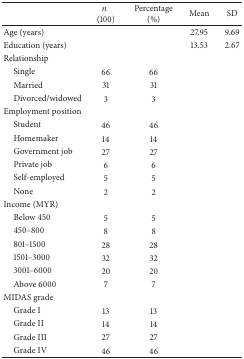
<table><thead><tr><td>[EMPTY_CELL]</td><td><b><i>n</i> (100)</b></td><td><b>Percentage(%)</b></td><td><b>Mean</b></td><td><b>SD</b></td></tr></thead><tbody><tr><td>Age (years)</td><td>[EMPTY_CELL]</td><td>[EMPTY_CELL]</td><td>27.95</td><td>9.69</td></tr><tr><td>Education (years)</td><td>[EMPTY_CELL]</td><td>[EMPTY_CELL]</td><td>13.53</td><td>2.67</td></tr><tr><td>Relationship</td><td>[EMPTY_CELL]</td><td>[EMPTY_CELL]</td><td>[EMPTY_CELL]</td><td>[EMPTY_CELL]</td></tr><tr><td> Single</td><td>66</td><td>66</td><td>[EMPTY_CELL]</td><td>[EMPTY_CELL]</td></tr><tr><td> Married</td><td>31</td><td>31</td><td>[EMPTY_CELL]</td><td>[EMPTY_CELL]</td></tr><tr><td> Divorced/widowed</td><td>3</td><td>3</td><td>[EMPTY_CELL]</td><td>[EMPTY_CELL]</td></tr><tr><td>Employment position</td><td>[EMPTY_CELL]</td><td>[EMPTY_CELL]</td><td>[EMPTY_CELL]</td><td>[EMPTY_CELL]</td></tr><tr><td> Student</td><td>46</td><td>46</td><td>[EMPTY_CELL]</td><td>[EMPTY_CELL]</td></tr><tr><td> Homemaker</td><td>14</td><td>14</td><td>[EMPTY_CELL]</td><td>[EMPTY_CELL]</td></tr><tr><td> Government job</td><td>27</td><td>27</td><td>[EMPTY_CELL]</td><td>[EMPTY_CELL]</td></tr><tr><td> Private job</td><td>6</td><td>6</td><td>[EMPTY_CELL]</td><td>[EMPTY_CELL]</td></tr><tr><td> Self-employed</td><td>5</td><td>5</td><td>[EMPTY_CELL]</td><td>[EMPTY_CELL]</td></tr><tr><td> None</td><td>2</td><td>2</td><td>[EMPTY_CELL]</td><td>[EMPTY_CELL]</td></tr><tr><td>Income (MYR)</td><td>[EMPTY_CELL]</td><td>[EMPTY_CELL]</td><td>[EMPTY_CELL]</td><td>[EMPTY_CELL]</td></tr><tr><td> Below 450</td><td>5</td><td>5</td><td>[EMPTY_CELL]</td><td>[EMPTY_CELL]</td></tr><tr><td> 450–800</td><td>8</td><td>8</td><td>[EMPTY_CELL]</td><td>[EMPTY_CELL]</td></tr><tr><td> 801–1500</td><td>28</td><td>28</td><td>[EMPTY_CELL]</td><td>[EMPTY_CELL]</td></tr><tr><td> 1501–3000</td><td>32</td><td>32</td><td>[EMPTY_CELL]</td><td>[EMPTY_CELL]</td></tr><tr><td> 3001–6000</td><td>20</td><td>20</td><td>[EMPTY_CELL]</td><td>[EMPTY_CELL]</td></tr><tr><td> Above 6000</td><td>7</td><td>7</td><td>[EMPTY_CELL]</td><td>[EMPTY_CELL]</td></tr><tr><td>MIDAS grade</td><td>[EMPTY_CELL]</td><td>[EMPTY_CELL]</td><td>[EMPTY_CELL]</td><td>[EMPTY_CELL]</td></tr><tr><td> Grade I</td><td>13</td><td>13</td><td>[EMPTY_CELL]</td><td>[EMPTY_CELL]</td></tr><tr><td> Grade II</td><td>14</td><td>14</td><td>[EMPTY_CELL]</td><td>[EMPTY_CELL]</td></tr><tr><td> Grade III</td><td>27</td><td>27</td><td>[EMPTY_CELL]</td><td>[EMPTY_CELL]</td></tr><tr><td> Grade IV</td><td>46</td><td>46</td><td>[EMPTY_CELL]</td><td>[EMPTY_CELL]</td></tr></tbody></table>